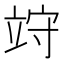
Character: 𥩽